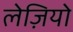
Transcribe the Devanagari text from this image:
लेज़ियो